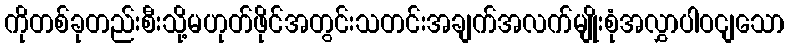
ကိုတစ်ခုတည်းစီးသို့မဟုတ်ဖိုင်အတွင်းသတင်းအချက်အလက်မျိုးစုံအလွှာပါဝငျသော